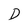
Character: D